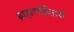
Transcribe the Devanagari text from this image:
ब्राह्मणहितार्थ